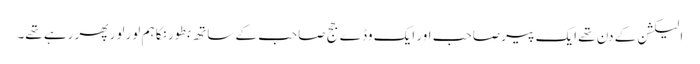
الیکشن کے دن تھے ایک پیر صاحب اور ایک وڈے جج صاحب کے ساتھ بطور نکا ہم لور لور پھر رہے تھے۔